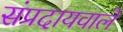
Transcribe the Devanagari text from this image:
संप्रदायवाले